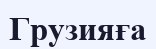
Грузияға